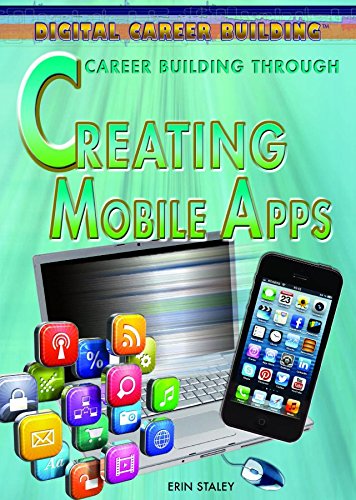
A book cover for Career Building Through Creating Mobile Apps (Digital Career Building); Erin Staley; Teen & Young Adult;